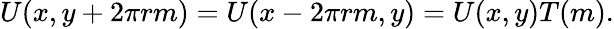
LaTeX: U(x,y+2\pi rm)=U(x-2\pi rm,y)=U(x,y)T(m).